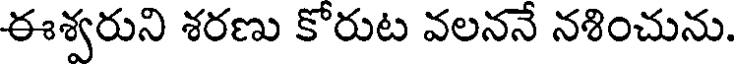
ఈశ్వరుని శరణు కోరుట వలననే నశించును.